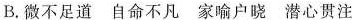
B.微不足道自命不凡家喻户晓潜心贯注